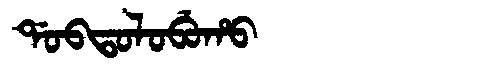
Manchu: ᡩᠣᠪᡨᠣᠯᠣᠪᡠᡥᠣ
Romanization: DOBTOLOBUHO